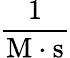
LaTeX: \mathrm{{\frac{1}{M\cdot s}}}